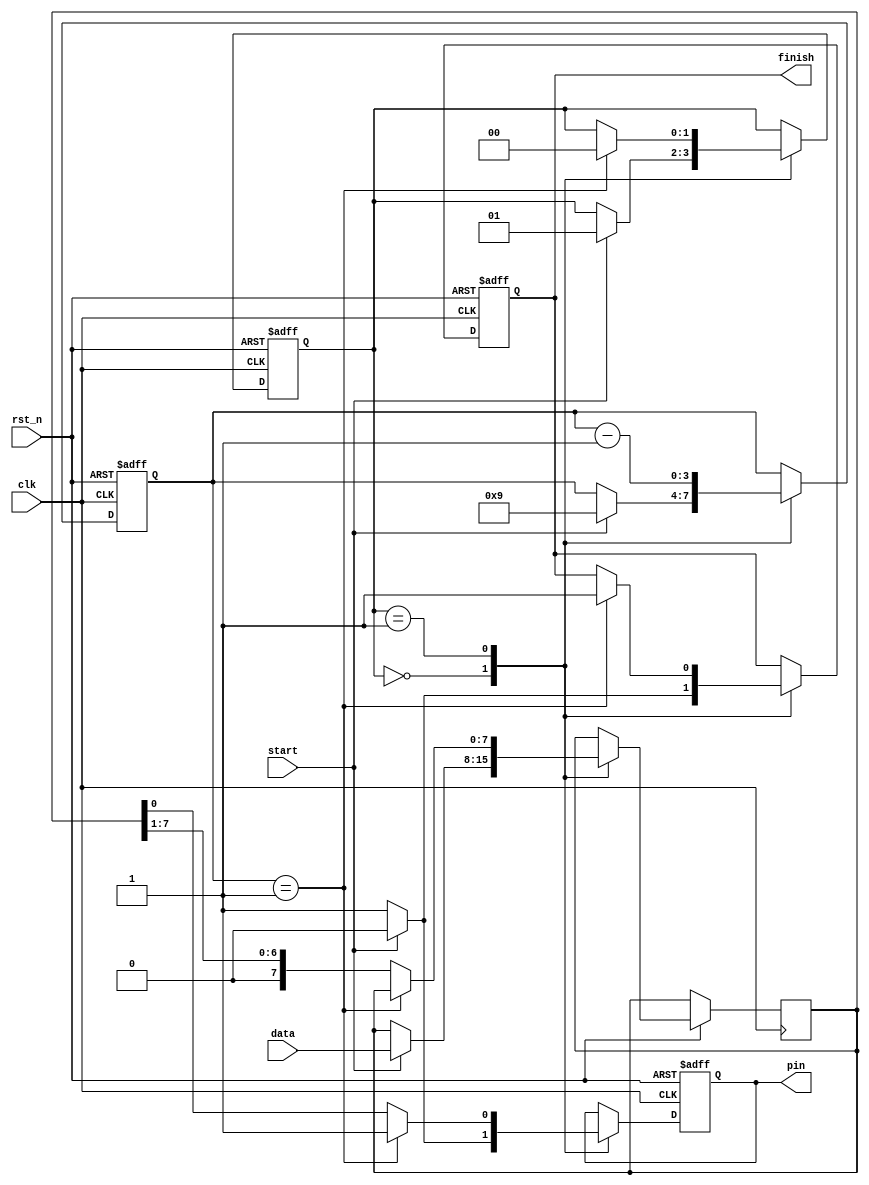
`timescale 1us / 1us

module UART_TX (
    input clk,
    input rst_n,
    output reg pin,
    input start,
    output reg finish,
    input [7:0] data
);
    localparam IDLE = 1'b0, BUSY = 1'b1;
    reg[1:0] state = IDLE;
    reg[3:0] bits_remaining = 4'd0;
    reg[7:0] data_reg;
    always @(posedge clk or negedge rst_n)
        if (!rst_n) begin
            pin <= 1'b1;
            finish <= 1'b0;
            state <= IDLE;
            bits_remaining <= 4'd0;
        end else 
        case (state)
        IDLE: begin
            pin <= 1'b1;
            finish <= 1'b1;
            if (start) begin
                pin <= 1'b0; // start bit
                finish <= 1'b0;
                state <= BUSY;
                bits_remaining <= 4'd9; // 8 data bits + 1 stop bit
                data_reg <= data;
            end
        end
        BUSY: begin
            if (bits_remaining == 1'd1) begin
                pin <= 1'b1; // stop bit
                finish <= 1'b1;
                state <= IDLE;
            end else {data_reg, pin} <= {1'b0, data_reg};
            bits_remaining <= bits_remaining - 1'd1;
        end
        endcase
endmodule